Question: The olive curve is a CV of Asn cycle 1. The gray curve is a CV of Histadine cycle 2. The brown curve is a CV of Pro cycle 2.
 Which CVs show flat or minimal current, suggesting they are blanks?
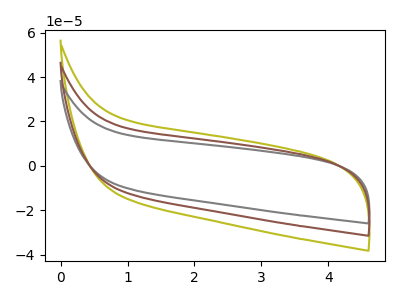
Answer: <think>The olive curve "Asn cycle 1" has no peaks. The gray curve "Histadine cycle 2" has no peaks. The brown curve "Pro cycle 2" has no peaks.</think>
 <answer>"Asn cycle 1", "Histadine cycle 2" and "Pro cycle 2" are likely to be blanks.</answer>
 <eval>"Asn cycle 1", "Histadine cycle 2", "Pro cycle 2"</eval>